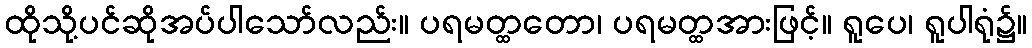
ထိုသို့ပင်ဆိုအပ်ပါသော်လည်း။ ပရမတ္ထတော၊ ပရမတ္ထအားဖြင့်။ ရူပေ၊ ရူပါရုံ၌။